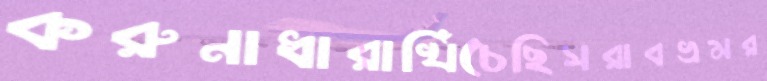
করুনাধারাখিঁচেছিসরাবভ্রমর